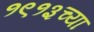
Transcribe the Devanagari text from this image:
१९१३च्या